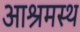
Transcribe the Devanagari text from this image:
आश्रमस्थ